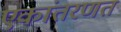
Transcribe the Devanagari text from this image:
एकांतरणत